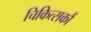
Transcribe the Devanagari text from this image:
चिकित्सकौं